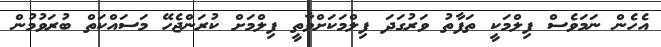
އެހެން ނަމަވެސް ފިލްމަކީ ތަފާތު ވަރުގަދަ ފިލްމަކަށްވާތީ ފިލްމަށް ކުރަންޖެހޭ މަސައްކަތް ބުރަވުމުން